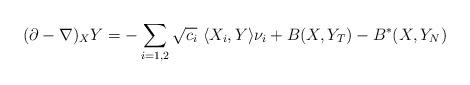
LaTeX: \begin{align*}(\partial-\nabla)_XY= -\sum_{i=1,2}\sqrt{c_i}\ \langle X_i , Y \rangle \nu_i +B(X,Y_T)-B^*(X,Y_N)\end{align*}